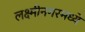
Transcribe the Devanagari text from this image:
लक्ष्मीनगरमध्ये